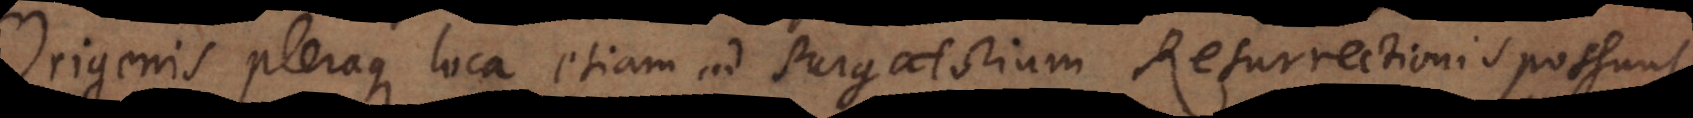
Origenis pleraque loca etiam ad Purgatorium Resurrectionis possunt